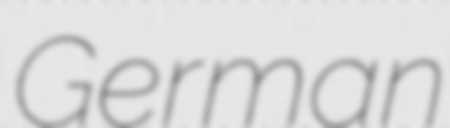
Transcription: German